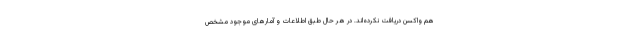
هم واکسن دریافت نکرده‌اند. در هر حال طبق اطلاعات و آمارهای موجود مشخص